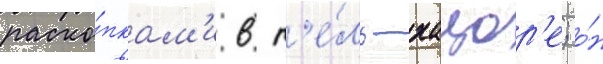
раско́пкам'и в т'е́ль-хацор'е; о́н